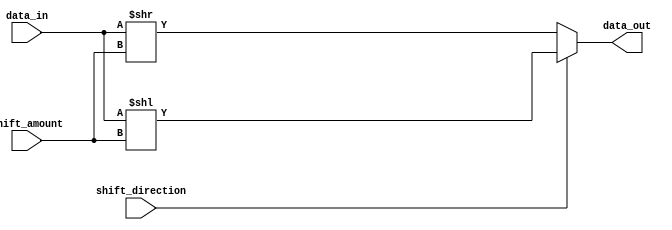
module bit_shift (
    input wire [15:0] data_in,      // 16-bit input data
    input wire [2:0] shift_amount,  // Number of positions to shift (0 to 7)
    input wire shift_direction,     // 0 for right shift, 1 for left shift
    output reg [7:0] data_out      // 8-bit shifted output data
);

always @(*) begin
    if (shift_direction == 0)  // Right shift
        data_out = data_in >> shift_amount;
    else  // Left shift
        data_out = data_in << shift_amount;
end

endmodule